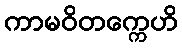
ကာမဝိတက္ကေဟိ